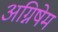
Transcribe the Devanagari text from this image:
अग्निषेम